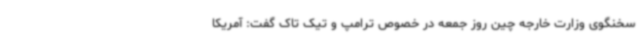
سخنگوی وزارت خارجه چین روز جمعه در خصوص ترامپ و تیک تاک گفت: آمریکا